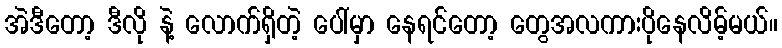
အဲဒီတော့ ဒီလို နဲ့ လောက်ရှိတဲ့ ပေါ်မှာ နေရင်တော့ တွေအလကားပိုနေလိမ့်မယ်။